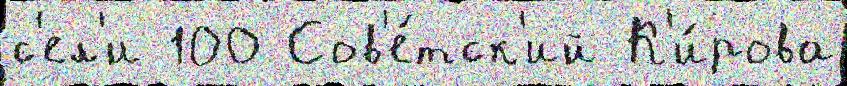
с'ел'и 100 Сов'е́тск'ий К'и́рова